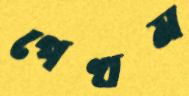
পেখম